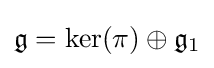
{\mathfrak {g}}=\operatorname {ker} (\pi )\oplus {\mathfrak {g}}_{1}